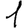
Digit: 1